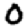
Digit: 0